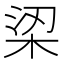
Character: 鿄